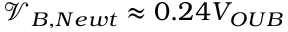
\mathcal { V } _ { B , N e w t } \approx 0 . 2 4 V _ { O U B }